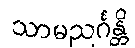
သာမညင်္ဂန္တိ